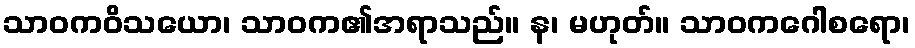
သာဝကဝိသယော၊ သာဝက၏အရာသည်။ န၊ မဟုတ်။ သာဝကဂေါစရော၊